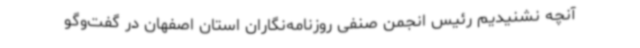
آنچه نشنیدیم رئیس انجمن صنفی روزنامه‌نگاران استان اصفهان در گفت‌وگو